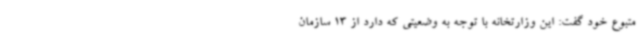
متبوع خود گفت: این وزارتخانه با توجه به وضعیتی که دارد از 13 سازمان